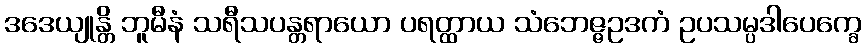
ဒဒေယျုန္တိ ဘူမီနံ သရီသပန္တရာယော ပရတ္ထာယ သံဘေဇ္ဇဥဒကံ ဥပသမ္ပဒါပေက္ခေ